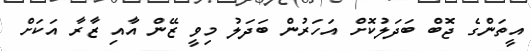
އީތަންގެ ޖޮބް ބަދަލުކޮށް އަހަރުން ބަދަލު މިވީ ޒޭން އާއި ޒާރާ އަކަށް